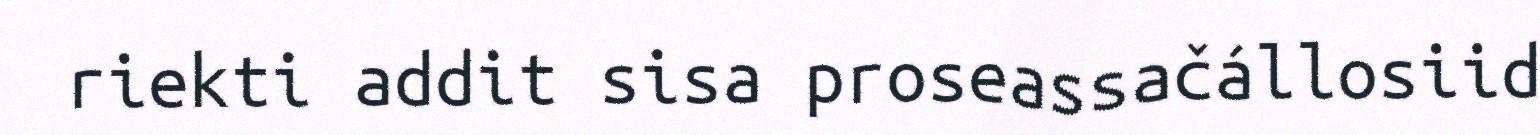
riekti addit sisa proseassačállosiid